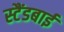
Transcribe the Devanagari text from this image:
स्‍टैंडबाई